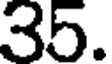
35.